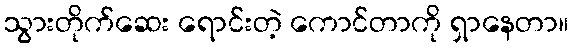
သွားတိုက်ဆေး ရောင်းတဲ့ ကောင်တာကို ရှာနေတာ။